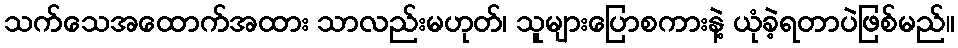
သက်သေအထောက်အထား သာလည်းမဟုတ်၊ သူများပြောစကားနဲ့ ယုံခဲ့ရတာပဲဖြစ်မည်။